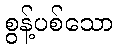
စွန့်ပစ်သော